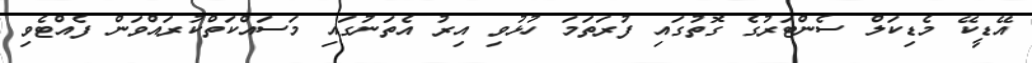
އޭޑީކޭ މެޑިކަލް ސެންޓަރުގެ ގޮތުގައި ފުރަތަމަ ހުޅުވި އިރު އެތަނުގައި މަސައްކަތްކުރައްވަން ފެއްޓެވި